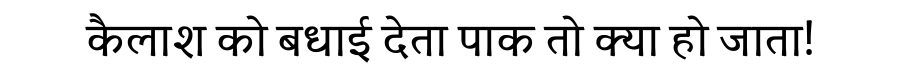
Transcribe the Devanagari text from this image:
कैलाश को बधाई देता पाक तो क्या हो जाता!